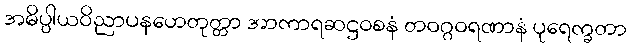
အဓိပ္ပါယဝိညာပနဟေတုတ္တာ အာကာရဆဋ္ဌဝစနံ တဝဂ္ဂဝရဏာနံ ပုရေက္ခတာ